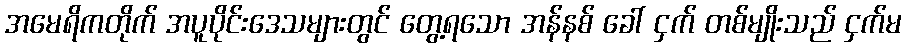
အမေရိကတိုက် အပူပိုင်းဒေသများတွင် တွေ့ရသော အန်နစ် ခေါ် ငှက် တစ်မျိုးသည် ငှက်မ